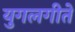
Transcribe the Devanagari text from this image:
युगलगीते